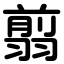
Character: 翦